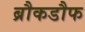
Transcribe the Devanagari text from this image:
ब्रौकडौफ